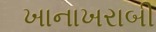
ખાનાખરાબી